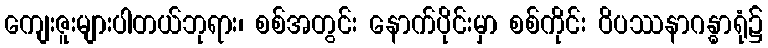
ကျေးဇူးများပါတယ်ဘုရား၊ စစ်အတွင်း နောက်ပိုင်းမှာ စစ်ကိုင်း ဝိပဿနာဂန္ဓာရုံ၌